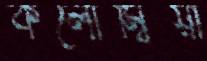
কলোম্বিয়া